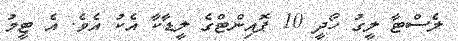
ލެސްޓާ ލީގު ހޯދީ 10 ޕޮއިންޓްގެ ލީޑާކާ އެކު އެވެ. އެ ޓީމު